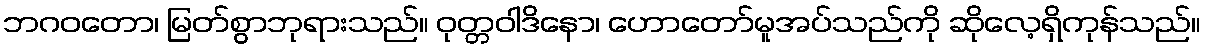
ဘဂဝတော၊ မြတ်စွာဘုရားသည်။ ဝုတ္တဝါဒိနော၊ ဟောတော်မူအပ်သည်ကို ဆိုလေ့ရှိကုန်သည်။